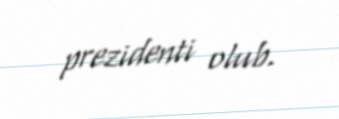
prezidenti olub.